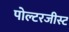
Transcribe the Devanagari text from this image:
पोल्टरजीस्ट